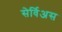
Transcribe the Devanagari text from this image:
सेर्विअस